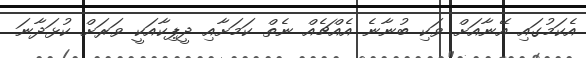
އެކަމުގައި އޭނާއަށް ވަކި ބުނާނެ އެއްޗެއް ނެތް ކަމަށާއި ދީޕިކާއަކީ ވަރަށް ކުޅަދާނަ